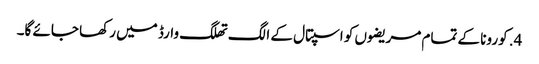
4. کورونا کے تمام مریضوں کو اسپتال کے الگ تھلگ وارڈ میں رکھا جائے گا۔